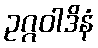
ဥဂ္ဂဝါဒိနံ